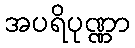
အပရိပုဏ္ဏာ